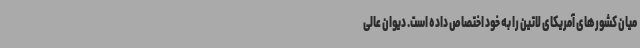
میان کشورهای آمریکای لاتین را به خود اختصاص داده است. دیوان عالی